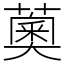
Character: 薁